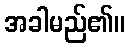
အခါမည်၏။